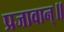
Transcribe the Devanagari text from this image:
प्रजावान्॥